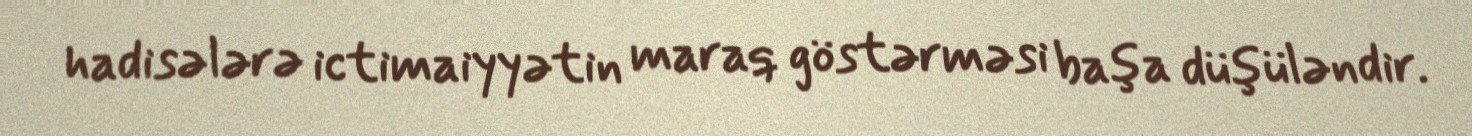
hadisələrə ictimaiyyətin maraq göstərməsi başa düşüləndir.